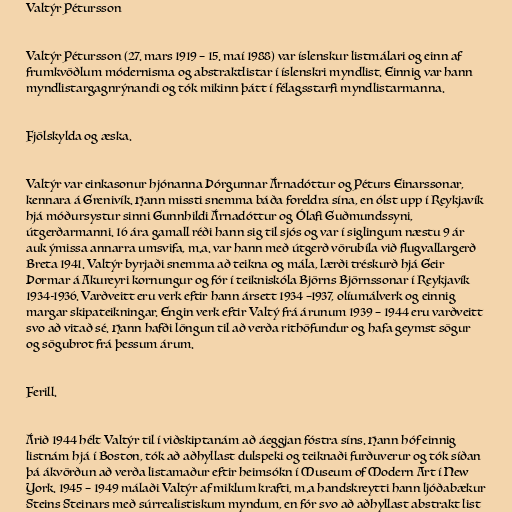
Valtýr Pétursson

Valtýr Pétursson (27. mars 1919 – 15. maí 1988) var íslenskur listmálari og einn af
frumkvöðlum módernisma og abstraktlistar í íslenskri myndlist. Einnig var hann
myndlistargagnrýnandi og tók mikinn þátt í félagsstarfi myndlistarmanna.

Fjölskylda og æska.

Valtýr var einkasonur hjónanna Þórgunnar Árnadóttur og Péturs Einarssonar,
kennara á Grenivík. Hann missti snemma báða foreldra sína, en ólst upp í Reykjavík
hjá móðursystur sinni Gunnhildi Árnadóttur og Ólafi Guðmundssyni,
útgerðarmanni. 16 ára gamall réði hann sig til sjós og var í siglingum næstu 9 ár
auk ýmissa annarra umsvifa, m.a. var hann með útgerð vörubíla við flugvallargerð
Breta 1941. Valtýr byrjaði snemma að teikna og mála, lærði tréskurð hjá Geir
Þormar á Akureyri kornungur og fór í teikniskóla Björns Björnssonar í Reykjavík
1934-1936. Varðveitt eru verk eftir hann ársett 1934 –1937, olíumálverk og einnig
margar skipateikningar. Engin verk eftir Valtý frá árunum 1939 – 1944 eru varðveitt
svo að vitað sé. Hann hafði löngun til að verða rithöfundur og hafa geymst sögur
og sögubrot frá þessum árum.

Ferill.

Árið 1944 hélt Valtýr til í viðskiptanám að áeggjan fóstra síns. Hann hóf einnig
listnám hjá í Boston, tók að aðhyllast dulspeki og teiknaði furðuverur og tók síðan
þá ákvörðun að verða listamaður eftir heimsókn í Museum of Modern Art í New
York. 1945 – 1949 málaði Valtýr af miklum krafti, m.a handskreytti hann ljóðabækur
Steins Steinars með súrrealistiskum myndum, en fór svo að aðhyllast abstrakt list